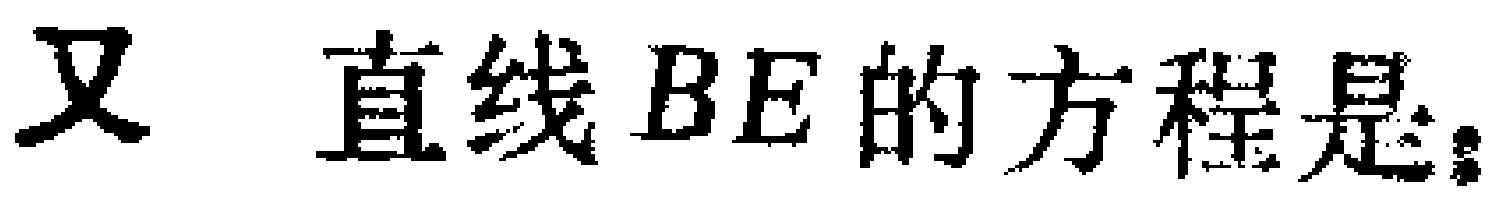
又 直线 \(BE\) 的方程是：